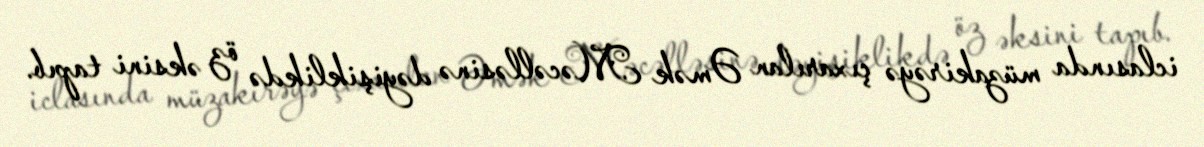
iclasında müzakirəyə çıxarılan Əmək Məcəlləsinə dəyişiklikdə öz əksini tapıb.